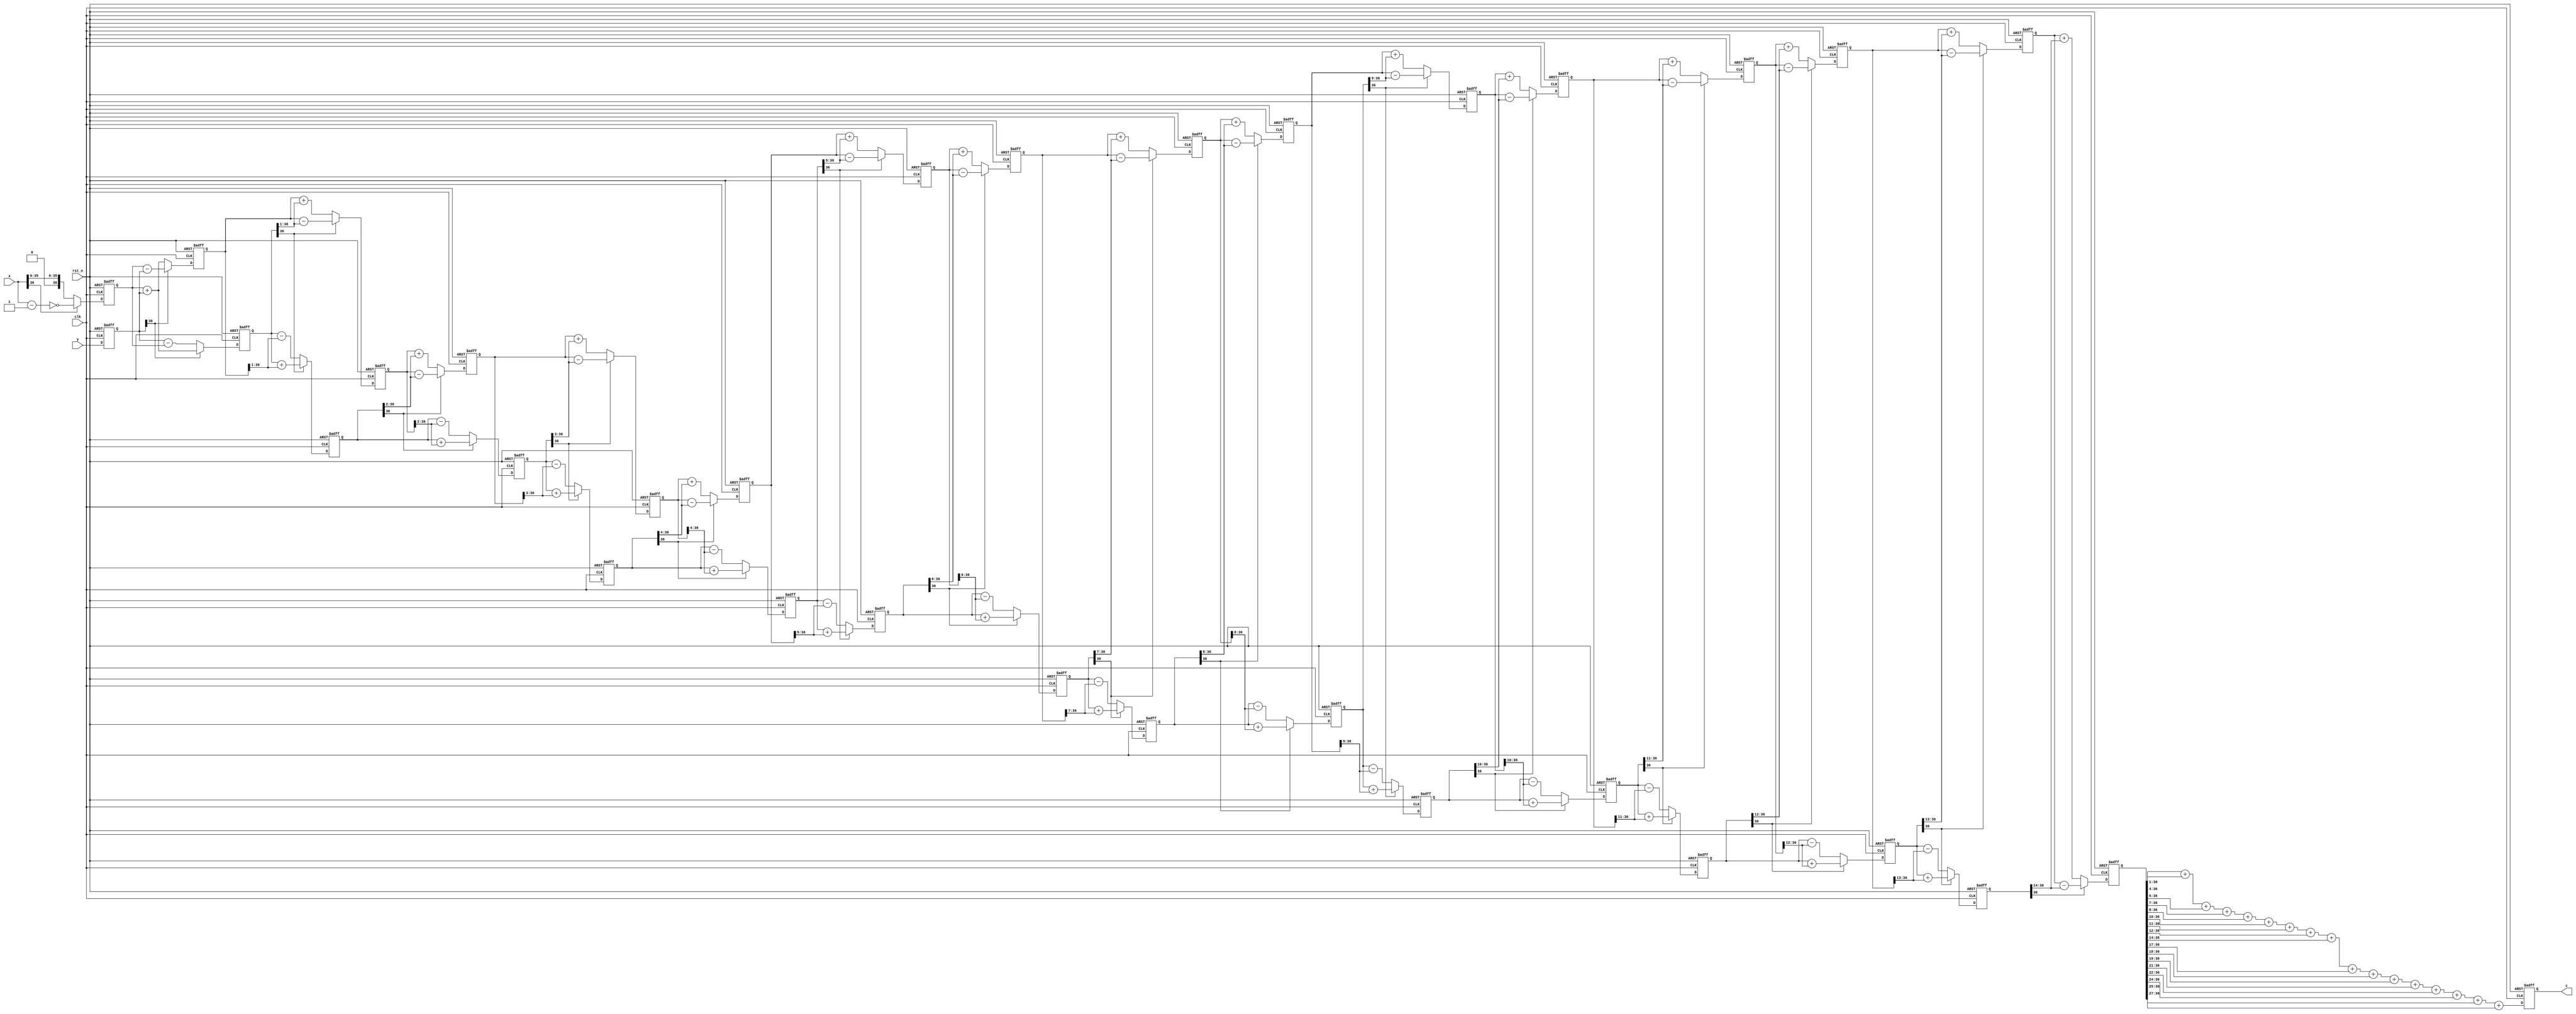
`timescale 1ns / 1ps
//////////////////////////////////////////////////////////////////////////////////
// Company: 
// Engineer: 
// 
// Design Name: 
// Module Name: Sqrt_fixp
// Project Name: 
// Target Devices: 
// Tool Versions: 
// Description: 
// 
// Dependencies: 
// 
// Revision:
// Revision 0.01 - File Created
// Additional Comments:
// 
//////////////////////////////////////////////////////////////////////////////////


module Sqrt_fixp
    #(
      parameter  m = 37 ,  // m should >27
      parameter  n = 27)
    (
            input   clk,
            input   rst_n,
            input   [m-1:0] x,
            input   [m-1:0] y,
            output reg [m-1:0] c
    );
    
    
        //
    reg signed  [m-1:0]      x0=0,y0=0;
    reg signed  [m-1:0]      x1=0,y1=0;
    reg signed  [m-1:0]      x2=0,y2=0;
    reg signed  [m-1:0]      x3=0,y3=0;
    reg signed  [m-1:0]      x4=0,y4=0;
    reg signed  [m-1:0]      x5=0,y5=0;
    reg signed  [m-1:0]      x6=0,y6=0;
    reg signed  [m-1:0]      x7=0,y7=0;
    reg signed  [m-1:0]      x8=0,y8=0;
    reg signed  [m-1:0]      x9=0,y9=0;
    reg signed  [m-1:0]      x10=0,y10=0;
    reg signed  [m-1:0]      x11=0,y11=0;
    reg signed  [m-1:0]      x12=0,y12=0;
    reg signed  [m-1:0]      x13=0,y13=0;
    reg signed  [m-1:0]      x14=0,y14=0;
    reg signed  [m-1:0]      x15=0;

    always @ (posedge clk or negedge rst_n)
    begin
        if( !rst_n )  begin
            x0 <= 1'b0;                         
            y0 <= 1'b0;
        end
        else  begin  
            x0 <= x[m-1]? ~(x-1):x;    //x0
            y0 <= y;                //y00
        end
    end


    always @ (posedge clk or negedge rst_n)
    begin
        if( !rst_n )  begin
            x1 <= 1'b0;                         
            y1 <= 1'b0;     //
            x2 <= 1'b0;                         
            y2 <= 1'b0;     //
            x3 <= 1'b0;                         
            y3 <= 1'b0;     //
            x4 <= 1'b0;                         
            y4 <= 1'b0;     //
            x5 <= 1'b0;                         
            y5 <= 1'b0;     //
            x6 <= 1'b0;                         
            y6 <= 1'b0;     //
            x7 <= 1'b0;                         
            y7 <= 1'b0;     //
            x8 <= 1'b0;                         
            y8 <= 1'b0;     //
            x9 <= 1'b0;                         
            y9 <= 1'b0;     //
            x10 <= 1'b0;                         
            y10 <= 1'b0;    //
            x11 <= 1'b0;                         
            y11 <= 1'b0;    //
            x12 <= 1'b0;                         
            y12 <= 1'b0;    //
            x13 <= 1'b0;                         
            y13 <= 1'b0;    //
            x14 <= 1'b0;                         
            y14 <= 1'b0;    //
            x15 <= 1'b0;      
        end
        else begin
        x1 <= y0[m-1]? x0 - y0:x0 + y0; //1<0
        y1 <= y0[m-1]? y0 + x0:y0 - x0; //0>0

        x2 <= y1[m-1]? x1 - (y1>>>1):x1 + (y1>>>1); 
        y2 <= y1[m-1]? y1 + (x1>>>1):y1 - (x1>>>1); 
    
       		x3 <= y2[m-1]? x2 - (y2>>>2):x2 + (y2>>>2); 
        y3 <= y2[m-1]? y2 + (x2>>>2):y2 - (x2>>>2); 
						
        x4 <= y3[m-1]? x3 - (y3>>>3):x3 + (y3>>>3); 
        y4 <= y3[m-1]? y3 + (x3>>>3):y3 - (x3>>>3); 
					
        x5 <= y4[m-1]? x4 - (y4>>>4):x4 + (y4>>>4); 
        y5 <= y4[m-1]? y4 + (x4>>>4):y4 - (x4>>>4);
						
        x6 <= y5[m-1]? x5 - (y5>>>5):x5 + (y5>>>5); 
        y6 <= y5[m-1]? y5 + (x5>>>5):y5 - (x5>>>5);
				
        x7 <= y6[m-1]? x6 - (y6>>>6):x6 + (y6>>>6); 
        y7 <= y6[m-1]? y6 + (x6>>>6):y6 - (x6>>>6); 
			
        x8 <= y7[m-1]? x7 - (y7>>>7):x7 + (y7>>>7); 
        y8 <= y7[m-1]? y7 + (x7>>>7):y7 - (x7>>>7); 
		
        x9 <= y8[m-1]? x8 - (y8>>>8):x8 + (y8>>>8); 
        y9 <= y8[m-1]? y8 + (x8>>>8):y8 - (x8>>>8); 

        x10 <= y9[m-1]? x9 - (y9>>>9):x9 + (y9>>>9); 
        y10 <= y9[m-1]? y9 + (x9>>>9):y9 - (x9>>>9);

        x11 <= y10[m-1]? x10 - (y10>>>10):x10 + (y10>>>10); 
        y11 <= y10[m-1]? y10 + (x10>>>10):y10 - (x10>>>10); 
			
        x12 <= y11[m-1]? x11 - (y11>>>11):x11 + (y11>>>11); 
        y12 <= y11[m-1]? y11 + (x11>>>11):y11 - (x11>>>11); 
					
        x13 <= y12[m-1]? x12 - (y12>>>12):x12 + (y12>>>12); 
        y13 <= y12[m-1]? y12 + (x12>>>12):y12 - (x12>>>12); 
						
        x14 <= y13[m-1]? x13 - (y13>>>13):x13 + (y13>>>13); 
        y14 <= y13[m-1]? y13 + (x13>>>13):y13 - (x13>>>13);   
			
        x15 <= y14[m-1]? x14 - (y14>>>14):x14 + (y14>>>14); 
        end
    end
        

    always @(posedge clk or negedge rst_n) begin
        if (!rst_n)
            c<= 0;
        else
        begin
            // c<= x15+(x15>>>1)+(x15>>>13)+(x15>>>6)+(x15>>>8)+(x15>>>9)+(x15>>>12)+(x15>>>15)+(x15>>>20)+(x15>>>22)+(x15>>>25);
            c <= (x15>>>1) + (x15>>>4) + (x15>>>5) + (x15>>>7) + (x15>>>8) + (x15>>>10) 
             +(x15>>>11) + (x15>>>12) + (x15>>>14) + (x15>>>17) + (x15>>>18) + (x15>>>19) 
             + (x15>>>21) + (x15>>>22) + (x15>>>24) + (x15>>>25) + (x15>>>27);
        end
    end
endmodule